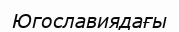
Югославиядағы